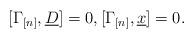
LaTeX: \begin{align*}[\Gamma_{[n]}, \underline{D}]=0,[\Gamma_{[n]},\underline{x}]=0.\end{align*}